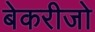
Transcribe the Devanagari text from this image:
बेकरीजो